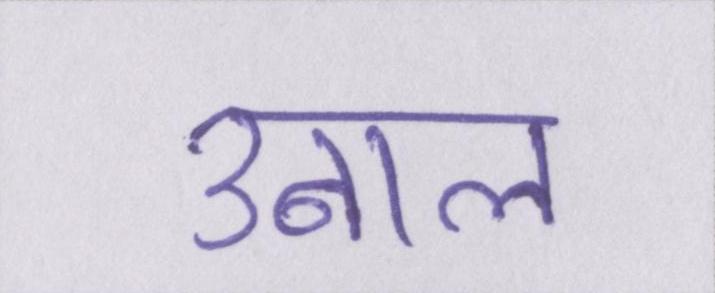
उबाल